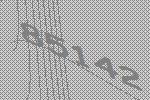
85142